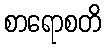
စာရောစတိ